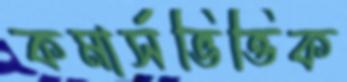
কমার্সভিত্তিক